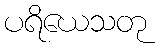
ပရိယေသတု